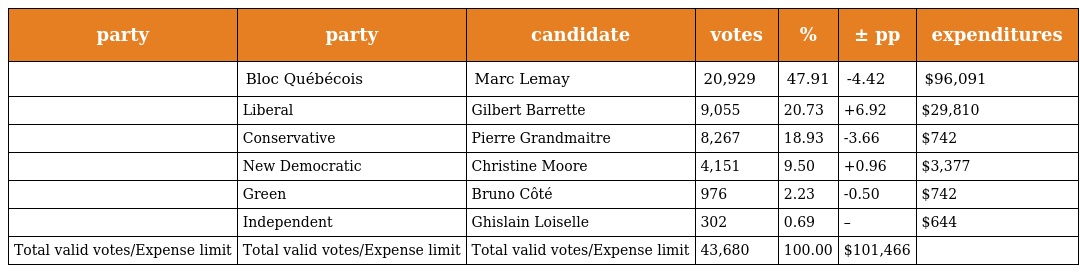
| party | party | candidate | votes | % | ± pp | expenditures |
 | --- | --- | --- | --- | --- | --- | --- |
 |  | Bloc Québécois | Marc Lemay | 20,929 | 47.91 | -4.42 | $96,091 |
 |  | Liberal | Gilbert Barrette | 9,055 | 20.73 | +6.92 | $29,810 |
 |  | Conservative | Pierre Grandmaitre | 8,267 | 18.93 | -3.66 | $742 |
 |  | New Democratic | Christine Moore | 4,151 | 9.50 | +0.96 | $3,377 |
 |  | Green | Bruno Côté | 976 | 2.23 | -0.50 | $742 |
 |  | Independent | Ghislain Loiselle | 302 | 0.69 | – | $644 |
 | Total valid votes/Expense limit | Total valid votes/Expense limit | Total valid votes/Expense limit | 43,680 | 100.00 | $101,466 |  |